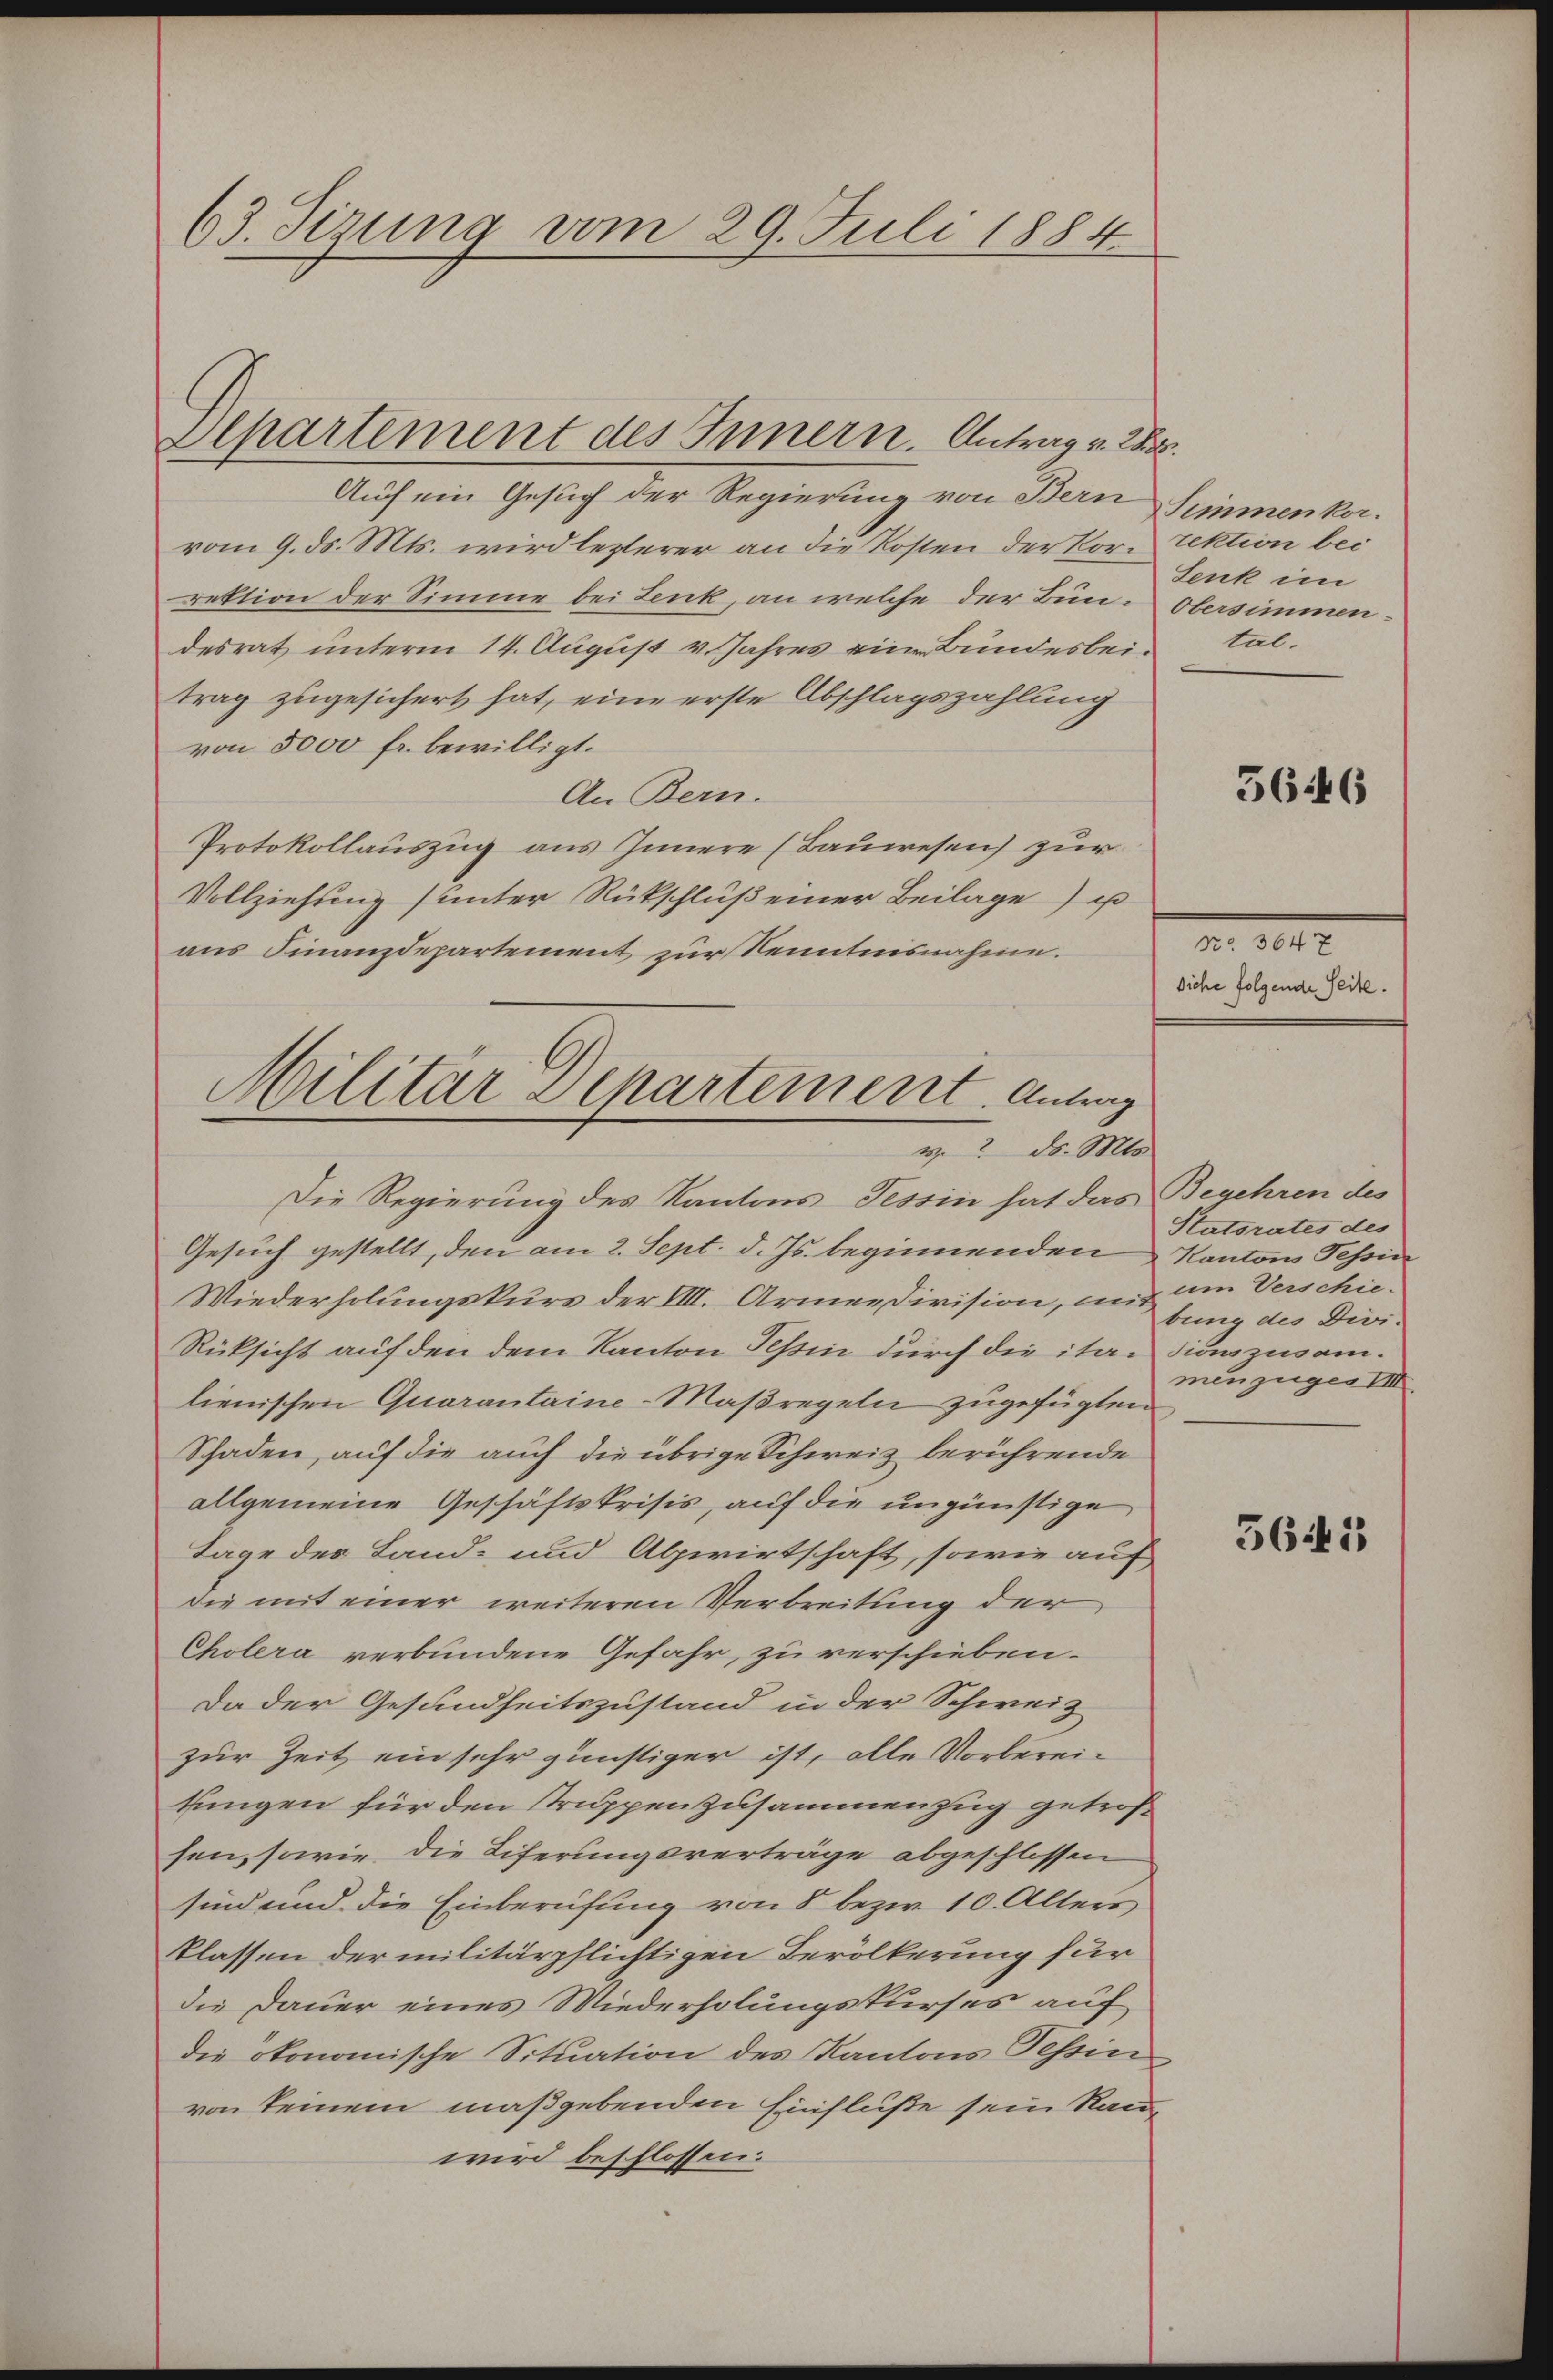
63. Sizung vom 29. Juli 1884

Alpartement des Innern. Antrag v. 2.

Auch ein Gesuch der Regierung von Bern Simmenkorvom 9. ds. Mts. wird lezterer an die Kosten der Korrektion bei
rektion der Simme bei Lenk, an welche der Bun-Obersimmendesrat unterm 14. August v. Jahres eine Bundesbeitrag zugesichert hat, eine erste Abschlagszahlung
von 3000 fr. bewilligt.
An Bern.
Protokollauszug aus Innere (Bauwesen) zur
Vollziehung (unter Rückschluß einer Beilage) u
aus Finanzdepartement zur Kenntnisnahme.

Militar Departement. Antrag
 2. ds. Mts.

Die Regierung des Kantons Tessin hat das Begehren des
Gesuch gestellt, den am 2. Sept. d. Js. beginnenden Kantons Tessin
Wiederholungskurs der VIII. Armee division, mit am Verschie¬
Rücksicht auf den dem Kanton Tessin durch die italienischen Quarantaine-Maßregeln zugefügten
Schaden, auf die auch die übrige Schweiz berührende
allgemeine Geschäftskrisis, auf die ungünstige
Tage des Land- und Alpwirtschaft, sowie auf
die mit einer weiteren Verbreitung der
Cholera verbundene Gefahr, zu verschieben.
Da der Gesundheitszustand in der Schweiz
zur Zeit ein sehr günstiger ist, alle Vorbereitungen für den Truppenzusammenzug getrofsen, sowie die Tiferungsverträge abgeschlossen
sind und die Einberufung von 8 bezw. 10. Alters
klassen der militärpflichtigen Bevölkerung für
die Dauer eines Wiederholungskurses auf
die ökonomische Situation des Kantons Tessin
von keinem maßgebenden Einfluße sein Rauwird beschlossen.

Senk im
tal.

5646

No 364 x
Siche folgende Seite.

Statsrates des
bung des Divitionszusam.
menzuges III

5642